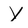
Character: Y